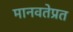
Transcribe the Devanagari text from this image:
मानवतेप्रत